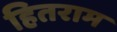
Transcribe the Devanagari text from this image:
हितराम